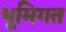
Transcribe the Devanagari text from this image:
भूमिगत